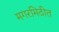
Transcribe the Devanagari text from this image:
मगरमिठीत